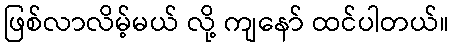
ဖြစ်လာလိမ့်မယ် လို့ ကျနော် ထင်ပါတယ်။